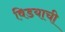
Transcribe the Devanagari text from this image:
विडयाची